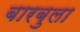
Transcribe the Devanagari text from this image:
बारबुला